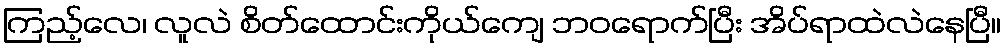
ကြည့်လေ၊ လူလဲ စိတ်ထောင်းကိုယ်ကျေ ဘဝရောက်ပြီး အိပ်ရာထဲလဲနေပြီ။